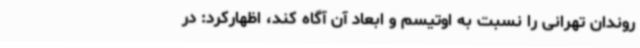
روندان تهرانی را نسبت به اوتیسم و ابعاد آن آگاه کند، اظهارکرد: در